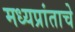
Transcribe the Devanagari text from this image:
मध्यप्रांताचे